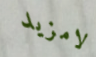
لامزيد